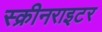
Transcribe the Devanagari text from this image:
स्क्रीनराइटर